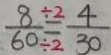
\frac { 8 \div 2 } { 6 0 \div 2 } = \frac { 4 } { 3 0 }